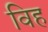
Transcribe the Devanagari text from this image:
विह